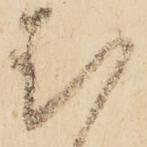
む